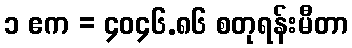
၁ ဧက = ၄၀၄၆.၈၆ စတုရန်းမီတာ